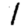
Digit: 1